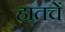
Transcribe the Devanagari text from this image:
हातचें